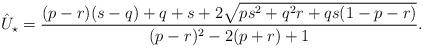
LaTeX: \begin{align*}\hat U_\star = \frac{(p-r) (s-q)+q+s + 2 \sqrt{p s^2+q^2 r+q s (1-p-r)}}{(p-r)^2-2 (p+r)+1}.\end{align*}